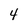
Character: 4